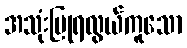
အသုံးပြုရလွယ်ကူသော